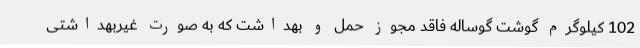
102 کیلوگرم گوشت گوساله فاقد مجوز حمل و بهداشت که به صورت غیربهداشتی